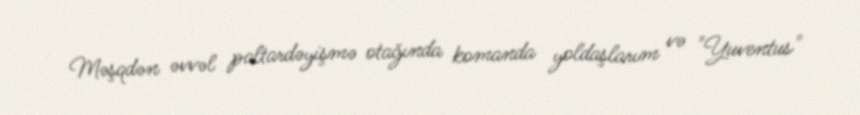
Məşqdən əvvəl paltardəyişmə otağında komanda yoldaşlarım və "Yuventus"